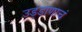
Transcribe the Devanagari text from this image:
उड्डाणाचं